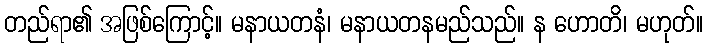
တည်ရာ၏ အဖြစ်ကြောင့်။ မနာယတနံ၊ မနာယတနမည်သည်။ န ဟောတိ၊ မဟုတ်။